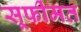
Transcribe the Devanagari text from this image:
सूफीमत